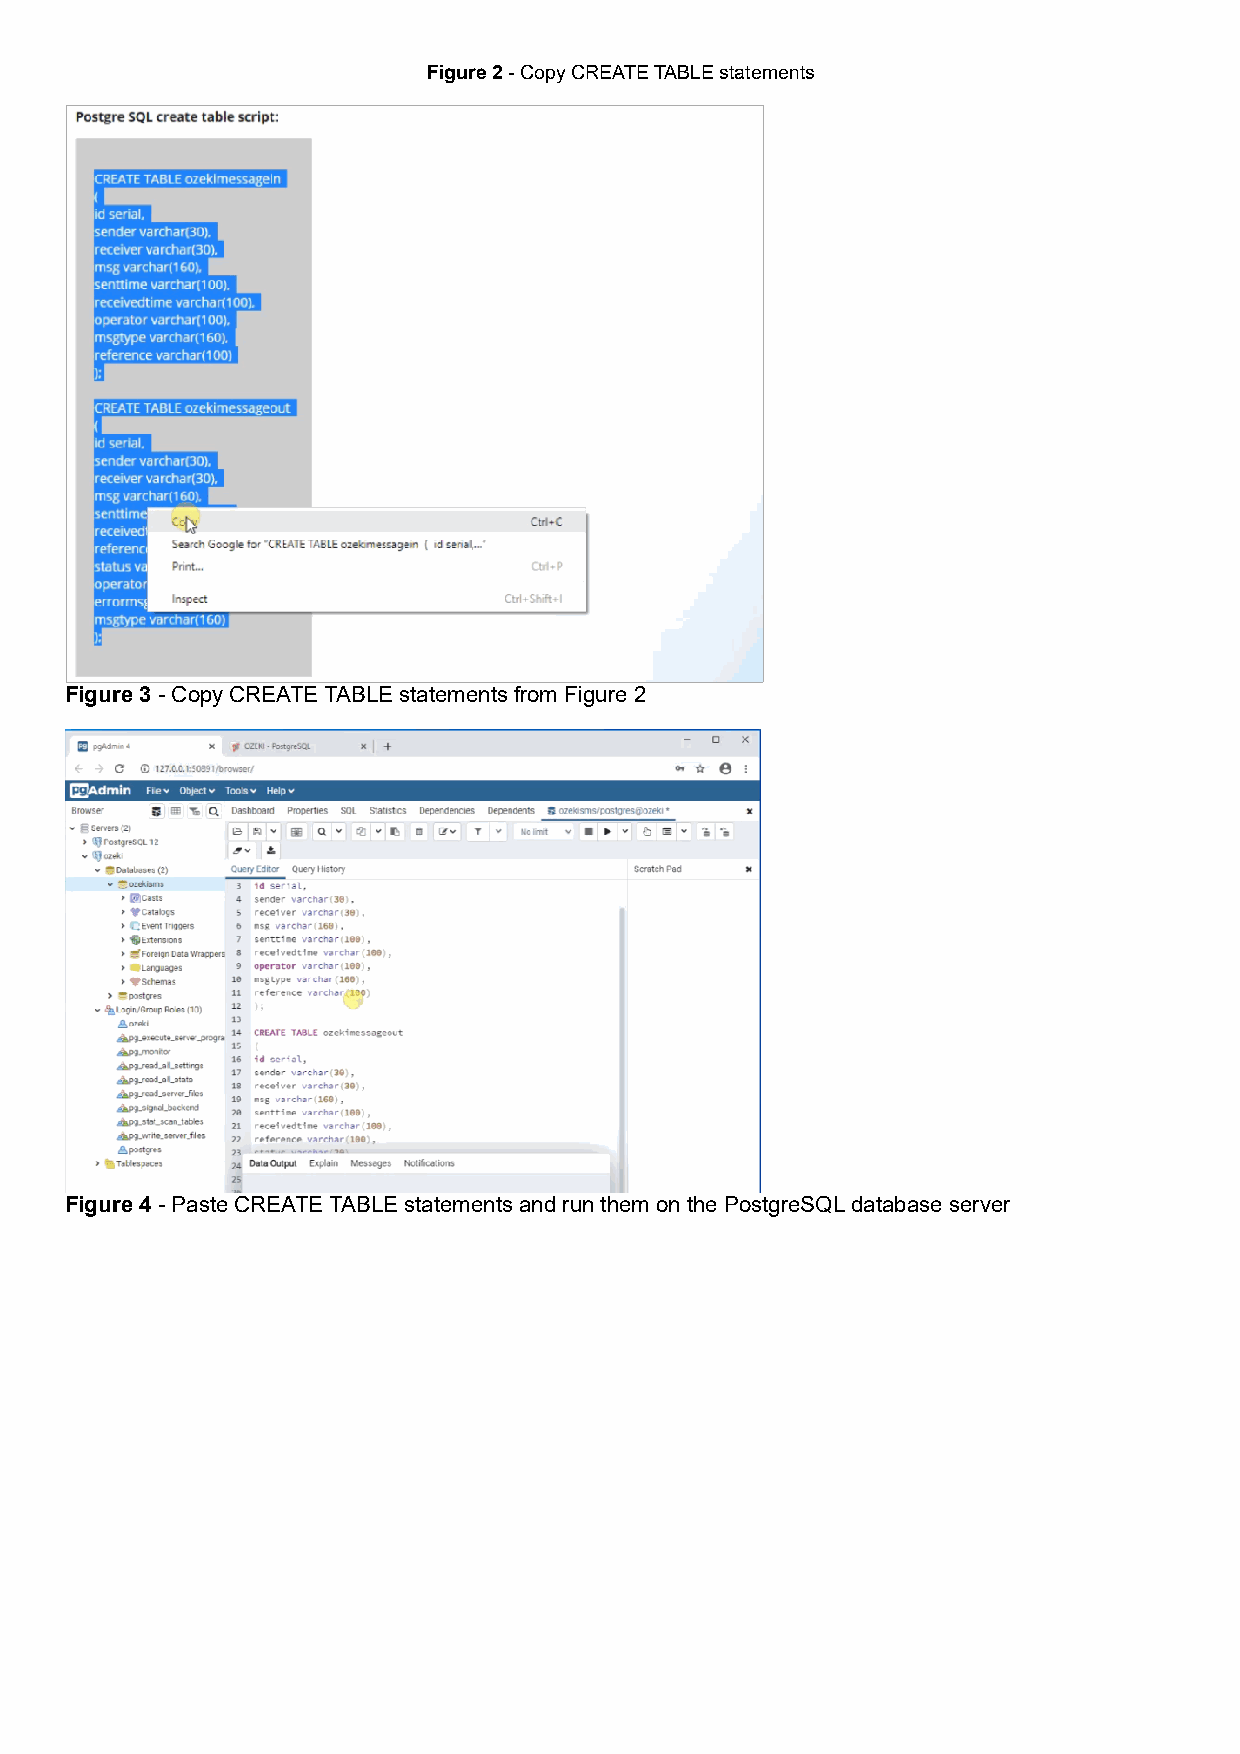
Figure 2 - Copy CREATE TABLE statements
 Figure 3 - Copy CREATE TABLE statements from Figure 2
 Figure 4 - Paste CREATE TABLE statements and run them on the PostgreSQL database server